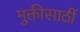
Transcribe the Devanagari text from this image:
मुक्तीसाठीं